Leningradi_Edasi_toimetus, lk 84
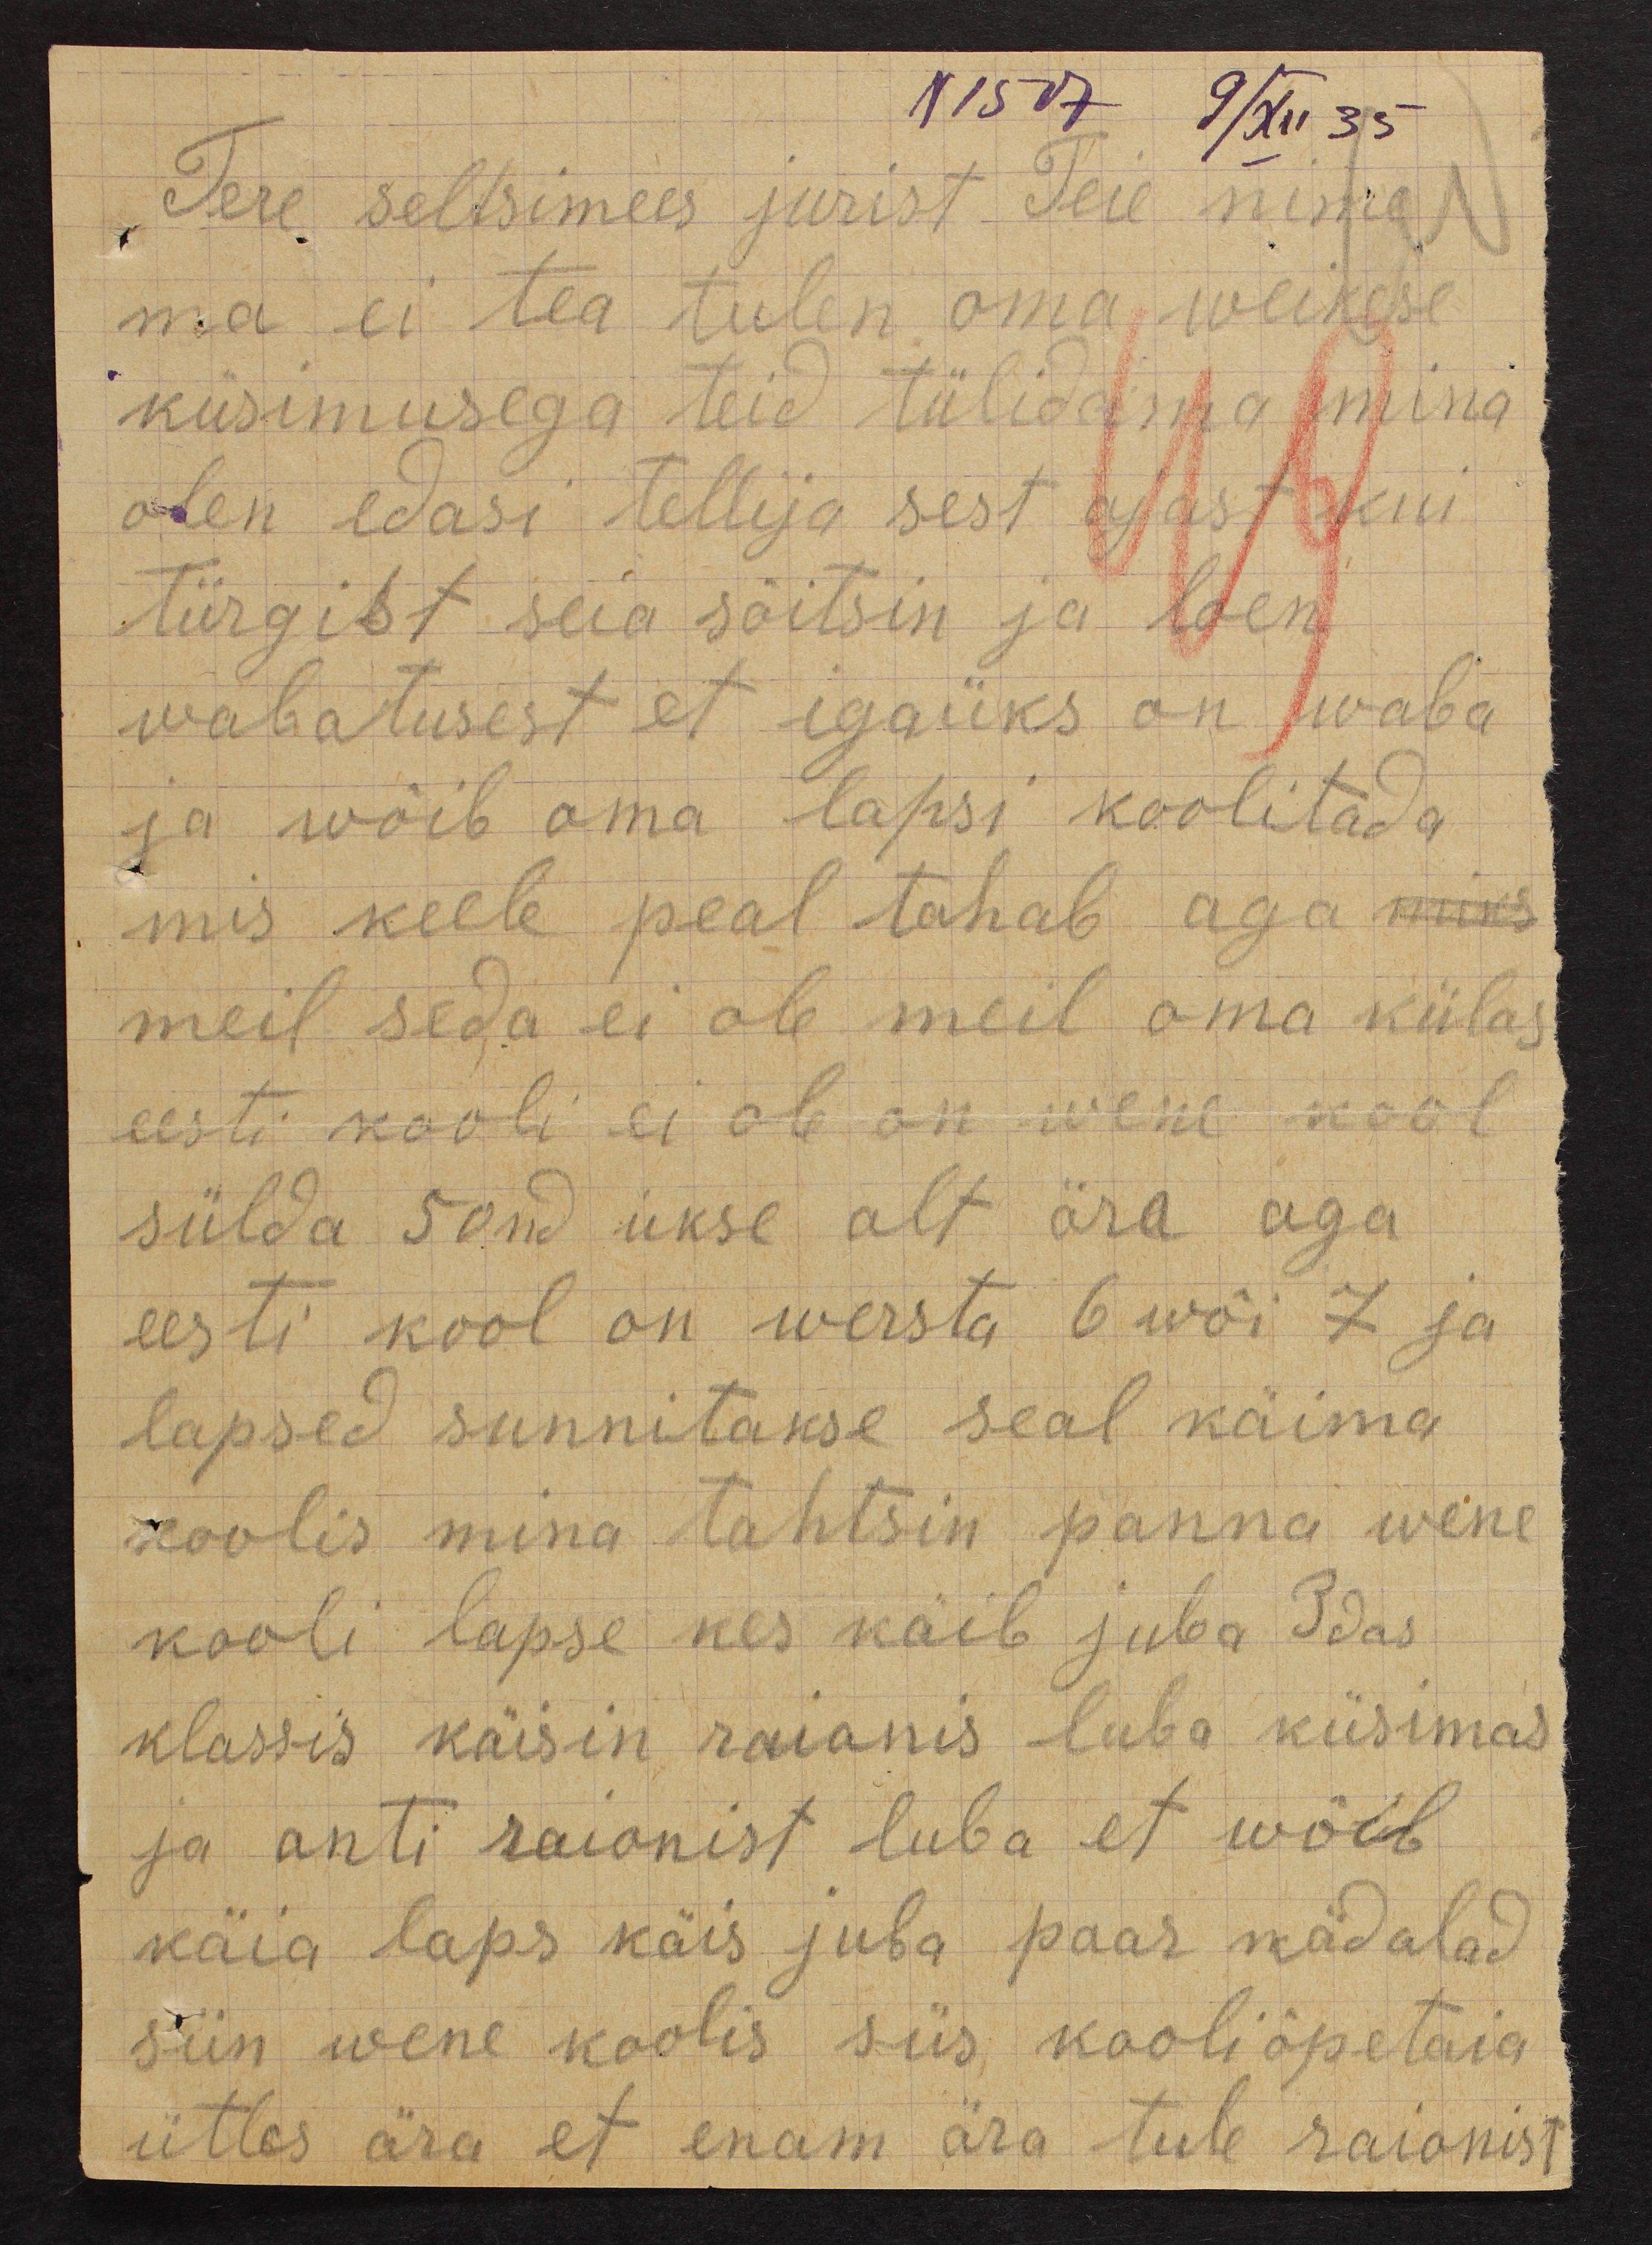
N 15 V7 2/XII 35

tere seltsimees jurist Teie nime
ma ei tea tulen oma weikese
küsimusega teid tülidama mina
olen edasi tellija sest ajast kui
Türgist seia sõitsin ja loen
wabadusest et igaüks on waba
ja wõib oma lapsi koolitada,
mis keele peal tahab aga miks
meil seda ei ole meil oma külas
eesti kooli ei ole on wene kool
sülda 50nd ukse alt ära aga
eesti kool on wersta 6 wõi 7 ja
lapsed sunnitakse seal käima
koolis mina tahtsin panna wene
kooli lapse kes käib juba 3das
klassis käisin raionis luba küsimas
ja anti raionist luba et wõib
käia laps käis juba paar nädalad
siin wene koolis siis kooliõpetaja
ütles ära et enam ära tule raionist